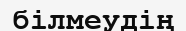
білмеудің